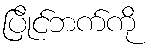
ပြိုင်ဘက်ကို